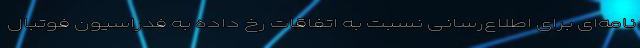
نامه‌ای برای اطلاع‌رسانی نسبت به اتفاقات رخ داده به فدراسیون فوتبال